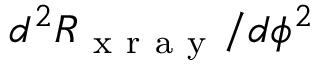
d ^ { 2 } R _ { \mathrm { ~ x ~ r ~ a ~ y ~ } } / d \phi ^ { 2 }